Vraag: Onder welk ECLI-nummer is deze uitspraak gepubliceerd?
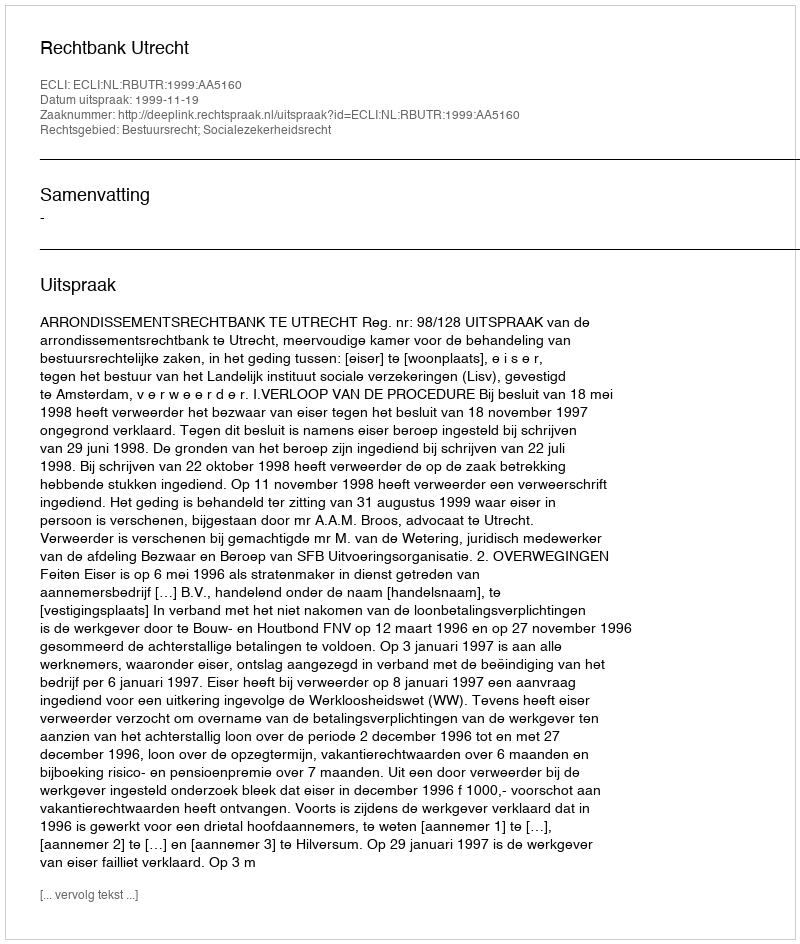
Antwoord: ECLI:NL:RBUTR:1999:AA5160